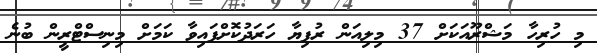
މި ހުރިހާ މަޝްރޫއަކަށް 37 މިލިއަން ރުފިޔާ ހަރަދުކޮށްފައިވާ ކަމަށް މިނިސްޓްރީން ބުނެ